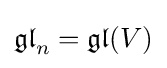
{\mathfrak {gl}}_{n}={\mathfrak {gl}}(V)